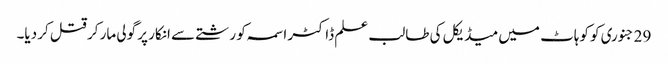
29 جنوری کو کوہاٹ میں میڈیکل کی طالب علم ڈاکٹر اسمہ کو رشتے سے انکار پر گولی مار کر قتل کر دیا۔